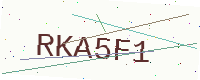
Text: RKA5F1